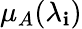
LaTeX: \mu_{A}(\lambda_{\mathbf{i}})